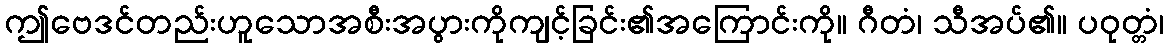
ဤဗေဒင်တည်းဟူသောအစီးအပွားကိုကျင့်ခြင်း၏အကြောင်းကို။ ဂီတံ၊ သီအပ်၏။ ပဝုတ္တံ၊